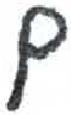
אות: ם